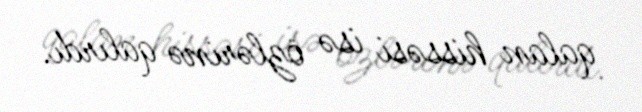
qalan hissəsi isə özlərinə qalırdı.